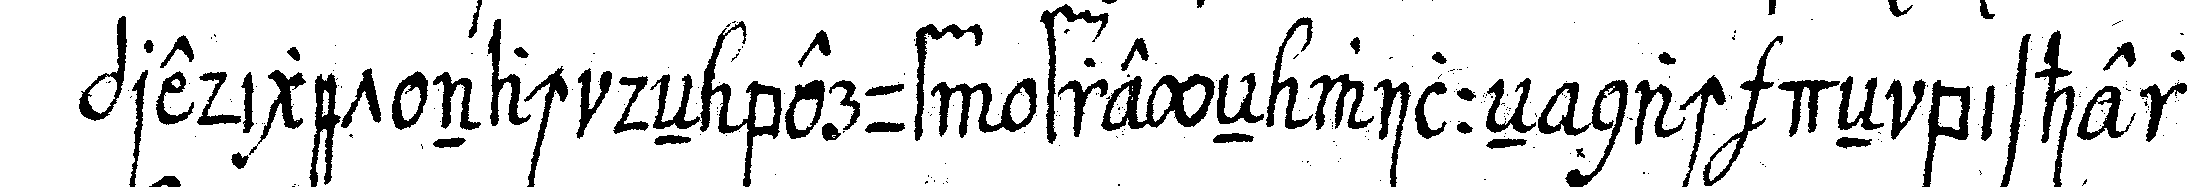
prediget nach deN beruf freyeN willeN nach deN bisheri